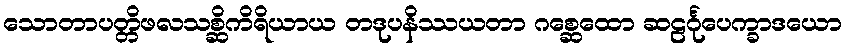
သောတာပတ္တိဖလသစ္ဆိကိရိယာယ တဒုပနိဿယတာ ဂစ္ဆေထော ဆဠင်္ဂုပေက္ခာဒယော